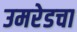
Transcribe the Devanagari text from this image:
उमरेडचा